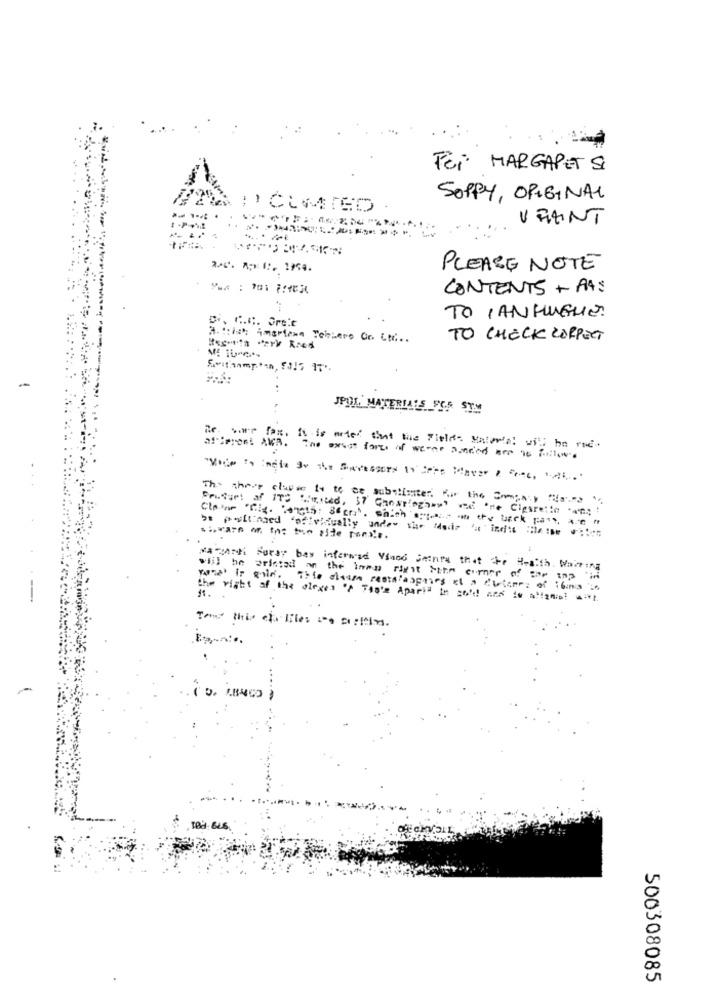
Foi MARGAPET SI
SOPPY, ORIGINAL
VERANT
-.-
PLEASE NOTE
CONTENTS + AAS
TO IANHUGUE.
" C.C. Greit
TO CHECK CORRECT
Stamp'in, FOIS IT.
JPOL MATERIALS FOR SYM
Be ware fax, it is ades that the Fields Material will be rue.
asSeront AVB. The exsat forms of werne anded are as follows
The three clouse to to as subsiinter For the Comgay"as"
Frifuet af ITS Listed, 37 Ghostingh=>' we 're Cigaretin .on; !
Ka "MANi Forsy bas inferwad Yiand Seinra that the Health. Waiting
will be printed on the imam right Sthe corner of war sop in
11.
the right of the plexes of Taste Aparis in gold and is alignipt with
Tous this cha likes to austin.
500308085